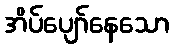
အိပ်ပျော်နေသော